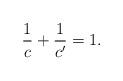
LaTeX: \begin{align*}\frac{1}{c}+\frac{1}{c'}=1.\end{align*}